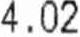
4.02